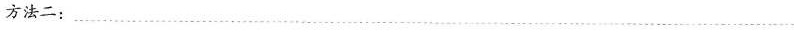
方法二：___